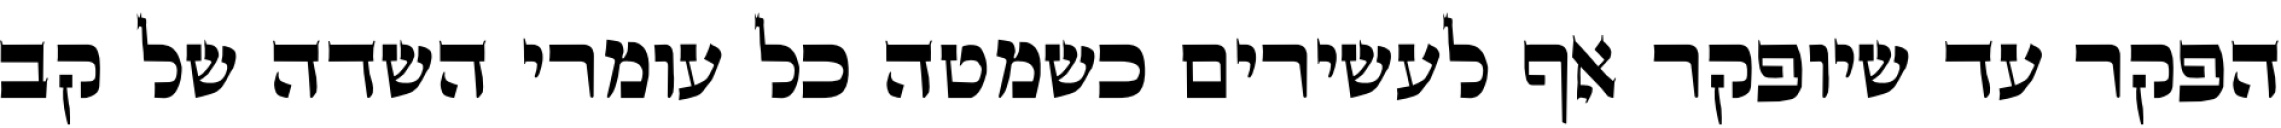
הפקר עד שיופקר אף לעשירים כשמטה כל עומרי השדה של קב